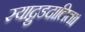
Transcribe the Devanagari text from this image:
स्याद्गुडदालिता।